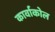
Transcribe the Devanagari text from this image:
कार्वाकोल